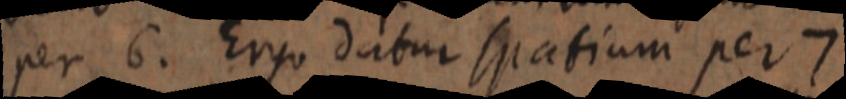
per 6. Ergo datur spatium per 7